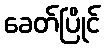
ခေတ်ပြိုင်